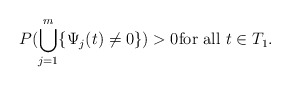
\begin{align*}P(\bigcup_{j=1}^{m}\{\Psi_j(t) \not=0\})>0 \mbox{for all} \ t \in T_1.\end{align*}